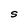
Character: S